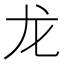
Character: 龙